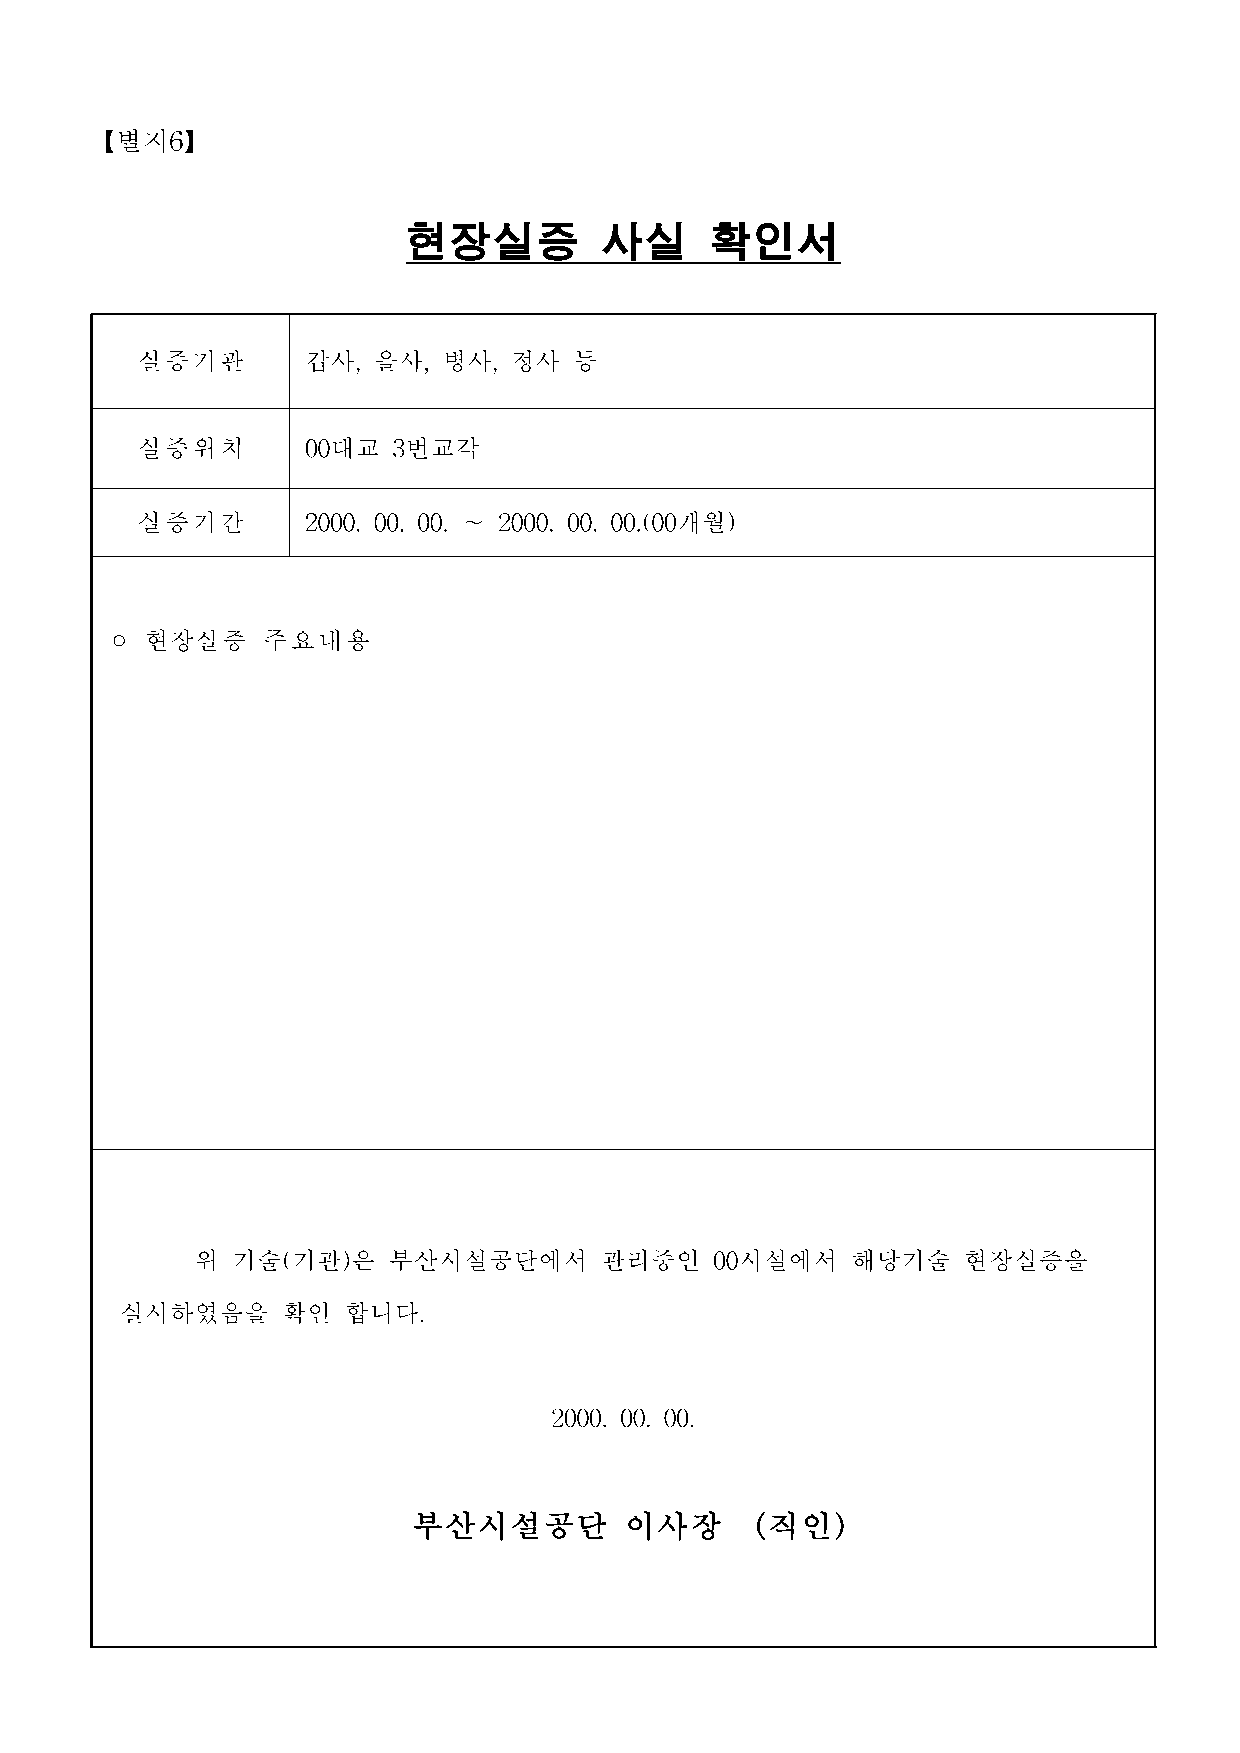
【별지6】
 현장실증         사실     확인서
 실증기관       갑사,  을사, 병사,  정사  등
 실증위치       00대교  3번교각
 실증기간       2000. 00. 00. ∼ 2000. 00. 00.(00개월)
 ◦  현장실증   주요내용
 위 기술(기관)은    부산시설공단에서      관리중인   00시설에서   해당기술    현장실증을
 실시하였음을     확인  합니다.
 2000. 00. 00.
 부산시설공단        이사장      (직인)